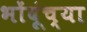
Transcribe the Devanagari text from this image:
भोंदूंच्या